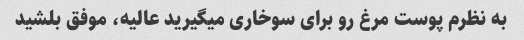
به نظرم پوست مرغ رو برای سوخاری میگیرید عالیه، موفق بلشید